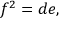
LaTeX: \displaystyle f ^ { 2 } = d e ,